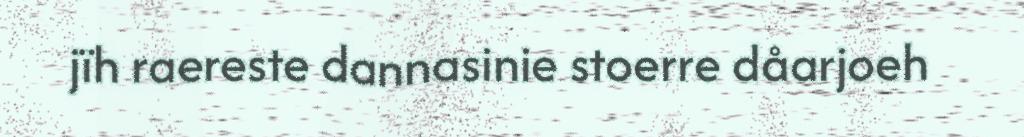
jïh raereste dannasinie stoerre dåarjoeh